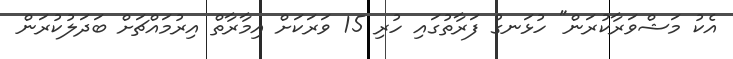
އެކު މަޝްވަރާކުރަން" ހުޅަނގު ފަރާތުގައި ހުރި 15 ވަރަކަށް އިމާރާތް އިރުމައްޗަށް ބަދަލުކުރަން